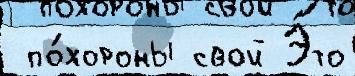
 по́хороны свой Э́то